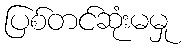
ပြစ်တင်ဆုံးမမှု